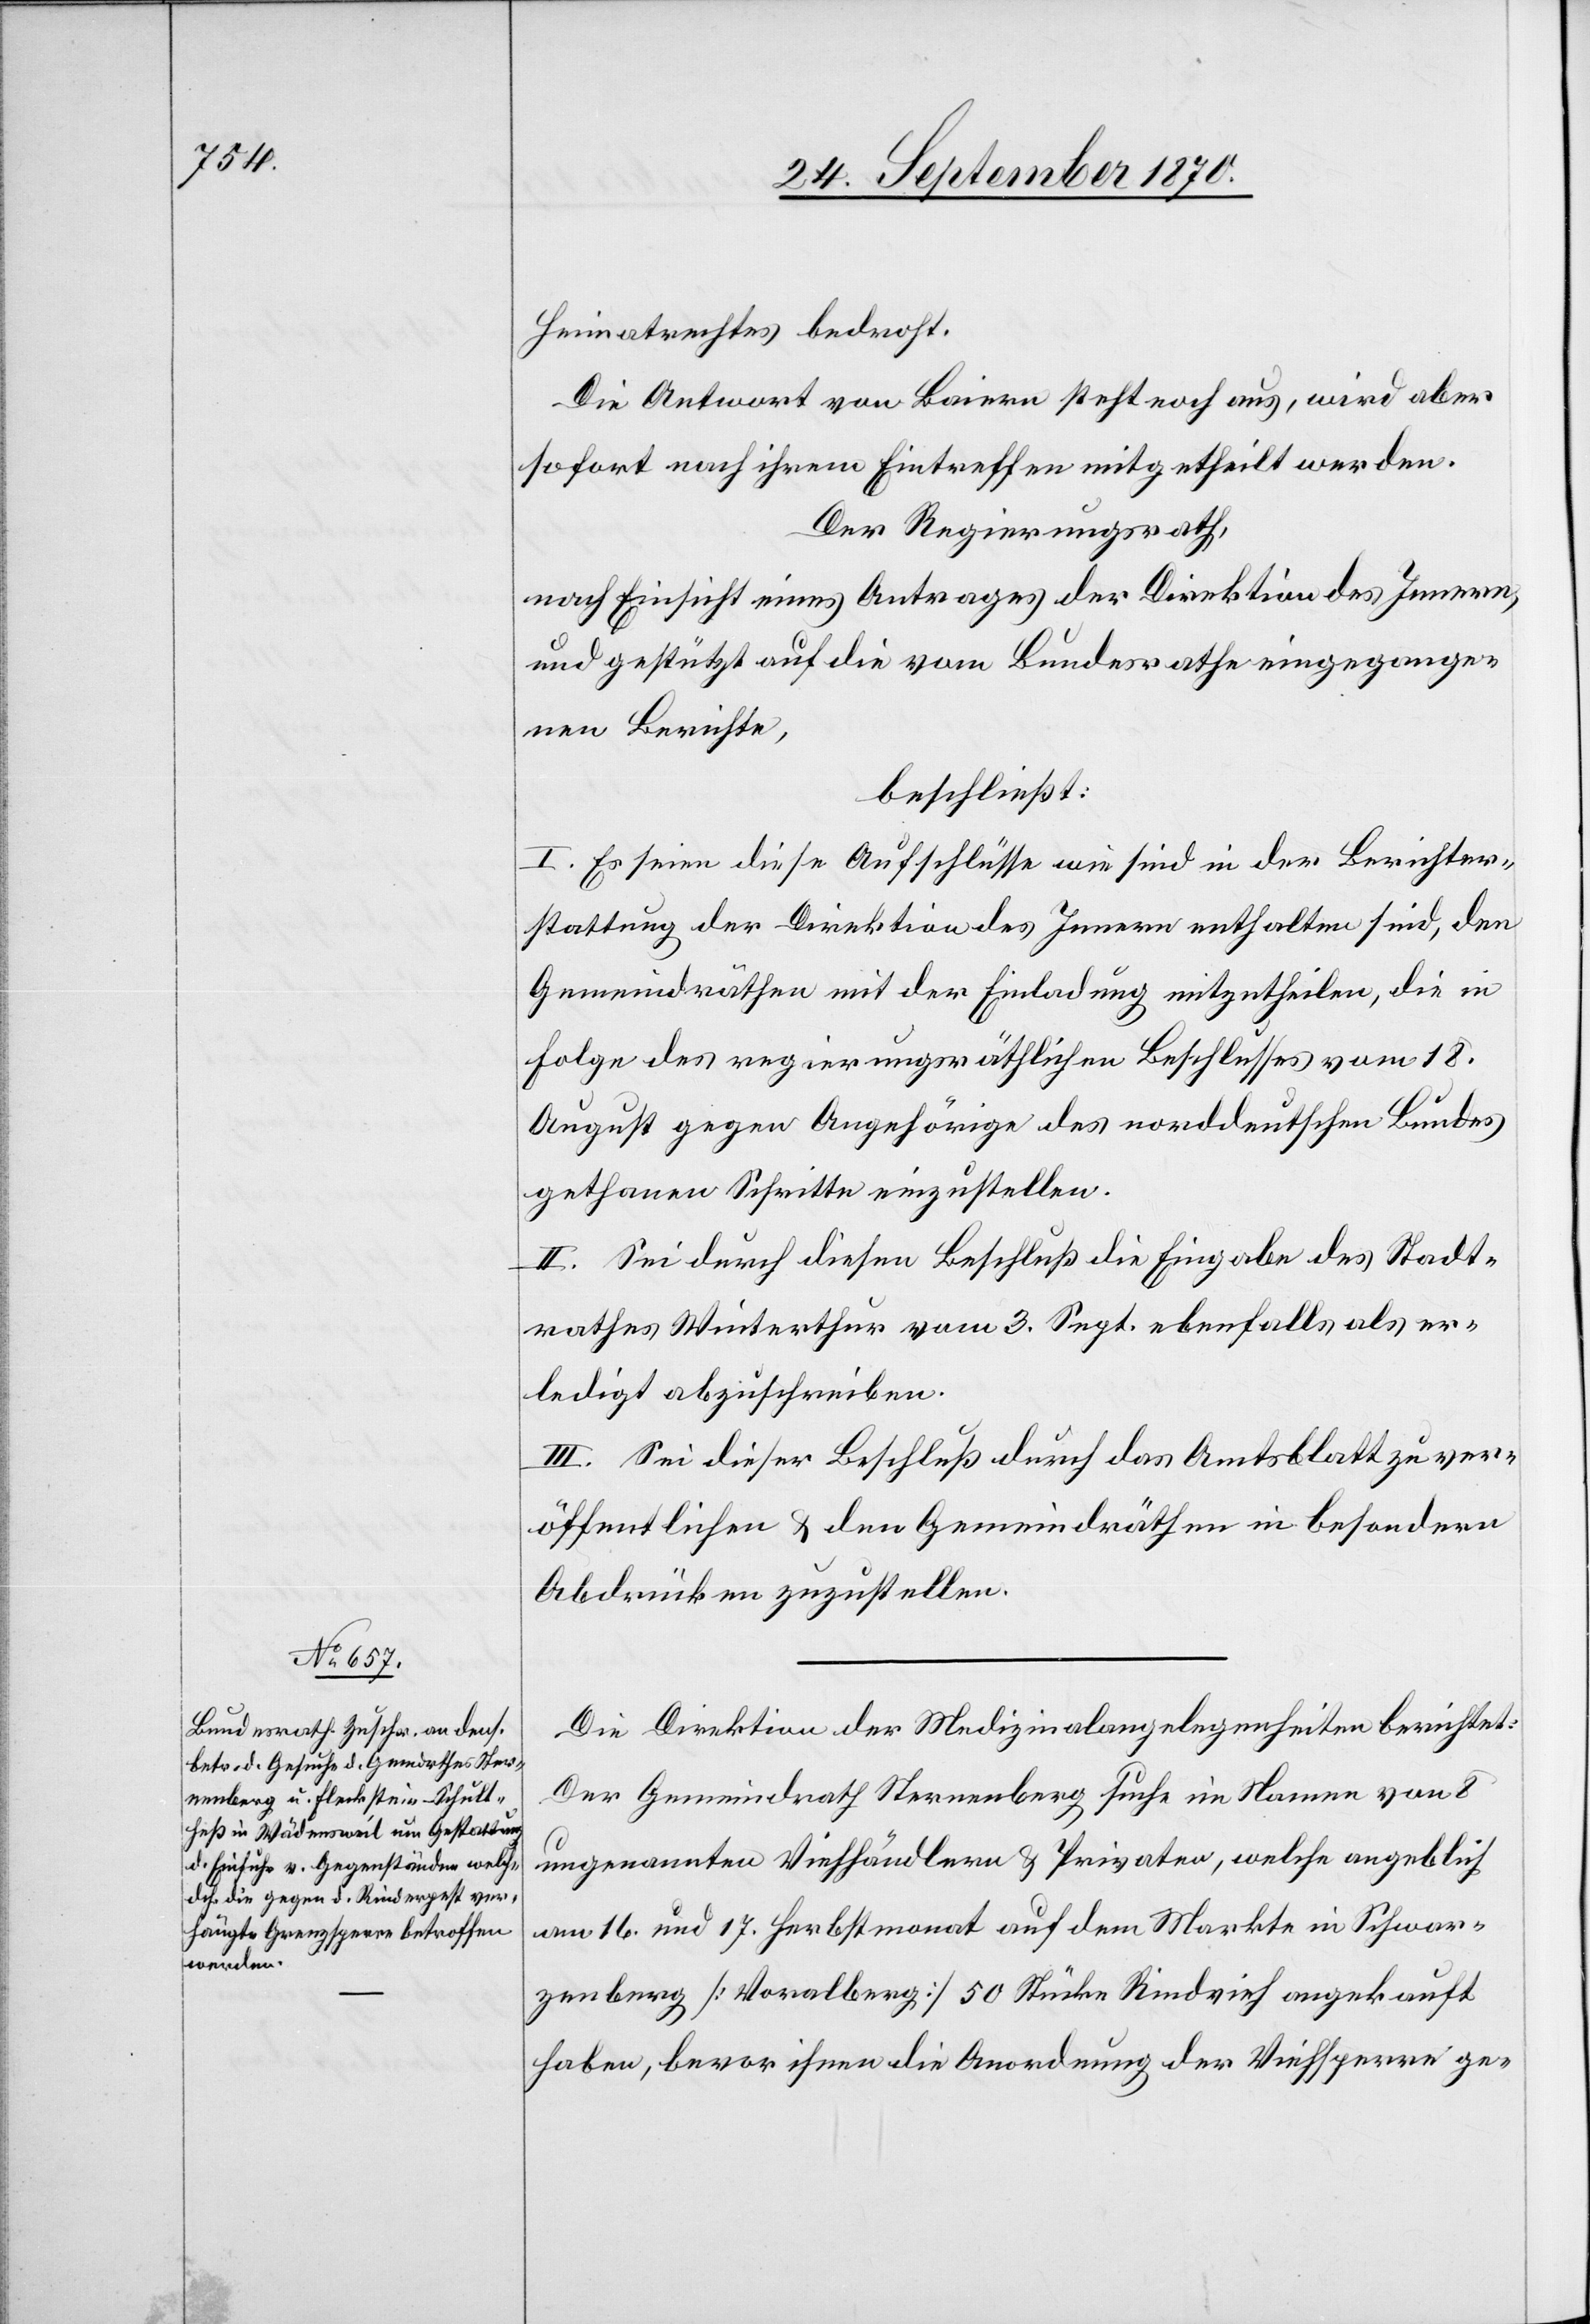
Heimatrechtes bedroht.
Die Antwort der Baiern steht noch aus, wird aber
sofort nach ihrem Eintreffen mitgetheilt werden.
Der Regierungsrath,
nach Einsicht eines Antrages der Direktion des Innern,
und gestützt auf die vom Bundesrathe eingegange¬
nen Berichte,
beschließt:
I. Es seien diese Aufschlüsse wie sind [sic!] in der Berichter¬
stattung der Direktion des Innern enthalten sind, den
Gemeindräthen mit der Einladung mitzutheilen, die in
Folge des regierungsräthlichen Beschlusses vom 18.
August gegen Angehörige des norddeutschen Bundes
gethanen Schritte einzustellen.
II. Sei durch diesen Beschluß die Eingabe des Stadt¬
rathes Winterthur vom 3. Sept. ebenfalls als er¬
ledigt abzuschreiben.
III. Sei dieser Beschluß durch das Amtsblatt zu ver¬
öffentlichen & den Gemeindräthen in besondern
Abdrücken zuzustellen.
Die Direktion der Medizinalangelegenheiten berichtet:
Der Gemeindrath Sternenberg suche im Namen von 8
ungenannten Viehhändlern & Privaten, welche angeblich
am 16. und 17. Herbstmonat auf dem Markte in Schwar¬
zenberg [Voralberg] [sic!] 50 Stücke Rindvieh angekauft
haben, bevor ihnen die Anordnung der Viehsperre ge-